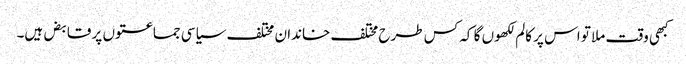
کبھی وقت ملا تو اس پر کالم لکھوں گا کہ کس طرح مختلف خاندان مختلف سیاسی جماعتوں پر قابض ہیں۔